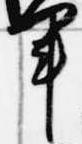
軍